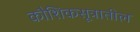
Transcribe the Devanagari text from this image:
कौशिकसूत्रातील